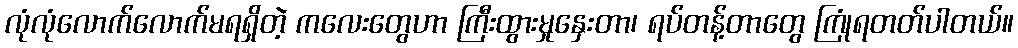
လုံလုံလောက်လောက်မရရှိတဲ့ ကလေးတွေဟာ ကြီးထွားမှုနှေးတာ၊ ရပ်တန့်တာတွေ ကြုံရတတ်ပါတယ်။